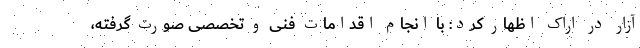
آزار در اراک اظهار کرد: با انجام اقدامات فنی و تخصصی صورت گرفته،